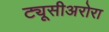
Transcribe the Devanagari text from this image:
ट्यूसीअरोरा